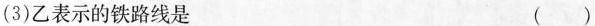
(3)乙表示的铁路线是（）